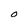
Character: O